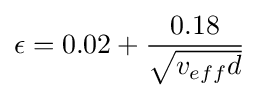
\epsilon =0.02+{\frac {0.18}{\sqrt {v_{eff}d}}}